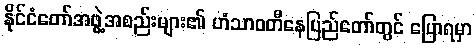
နိုင်ငံတော်အဖွဲ့အစည်းများ၏ ဟံသာဝတီနေပြည်တော်တွင် ပြောရမှာ